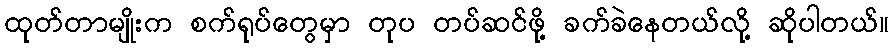
ထုတ်တာမျိုးက စက်ရုပ်တွေမှာ တုပ တပ်ဆင်ဖို့ ခက်ခဲနေတယ်လို့ ဆိုပါတယ်။